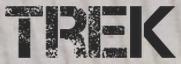
TREK